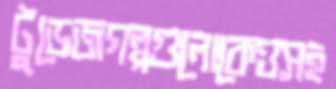
টুডেজগল্পগুলোকেওসহ